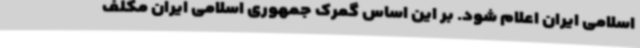
اسلامی ایران اعلام شود. بر این اساس گمرک جمهوری اسلامی ایران مکلف